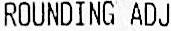
ROUNDING ADJ